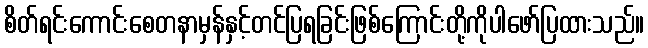
စိတ်ရင်းကောင်းစေတနာမှန်နှင့်တင်ပြရခြင်းဖြစ်ကြောင်းတို့ကိုပါဖော်ပြထားသည်။